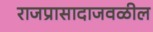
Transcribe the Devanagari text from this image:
राजप्रासादाजवळील